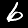
Label: 6